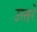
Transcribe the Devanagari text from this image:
उस्तरें